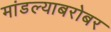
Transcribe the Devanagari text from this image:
मांडल्याबरोबर